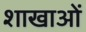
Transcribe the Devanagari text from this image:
शाखाआें